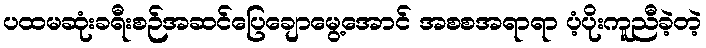
ပထမဆုံးခရီးစဉ်အဆင်ပြေချောမွေ့အောင် အစစအရာရာ ပံ့ပိုးကူညီခဲ့တဲ့